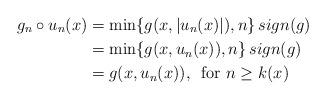
LaTeX: \begin{align*}g_n\circ u_n(x) & = \min \{g(x, |u_n(x)|), n\}\, sign(g)\\& = \min \{g(x, u_n(x)), n\}\,sign(g)\\& = g(x, u_n(x)),\,\,\,\mbox{for}\,\,n\geq k(x)\end{align*}